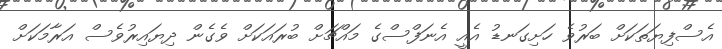
އެސްފިޔަތަކަށް ބަރުވެ ހަށިގަނޑު އެއީ އެނަފްސްގެ މައްޗަށް ބުރައަކަށް ވެގެން ދިޔައިރުވެސް އަރާމަކަށް